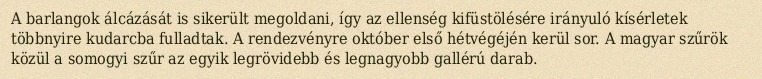
A barlangok álcázását is sikerült megoldani, így az ellenség kifüstölésére irányuló kísérletek többnyire kudarcba fulladtak. A rendezvényre október első hétvégéjén kerül sor. A magyar szűrök közül a somogyi szűr az egyik legrövidebb és legnagyobb gallérú darab.